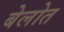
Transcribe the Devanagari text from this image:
बेलोत